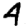
Digit: 4